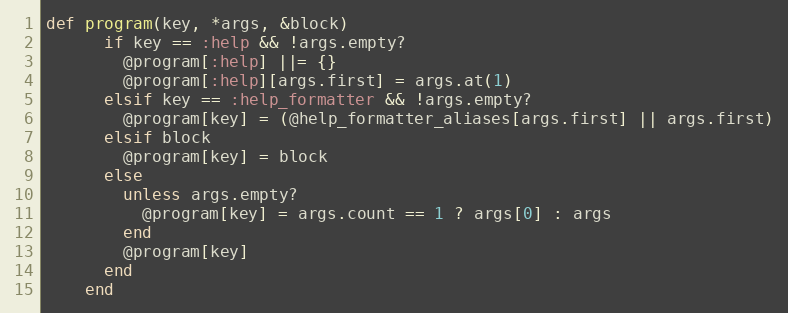
Language: Ruby
def program(key, *args, &block)
      if key == :help && !args.empty?
        @program[:help] ||= {}
        @program[:help][args.first] = args.at(1)
      elsif key == :help_formatter && !args.empty?
        @program[key] = (@help_formatter_aliases[args.first] || args.first)
      elsif block
        @program[key] = block
      else
        unless args.empty?
          @program[key] = args.count == 1 ? args[0] : args
        end
        @program[key]
      end
    end